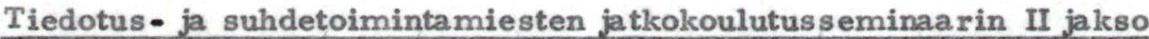
Tiedotus-ja suhdetoimintamiesten jatkokoulutusseminaarin II jakso